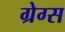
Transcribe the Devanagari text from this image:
ग्रेग्स